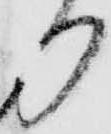
り